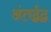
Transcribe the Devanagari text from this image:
अंतर्द्वद्व